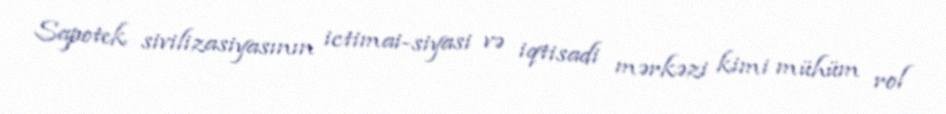
Sapotek sivilizasiyasının ictimai-siyasi və iqtisadi mərkəzi kimi mühüm rol